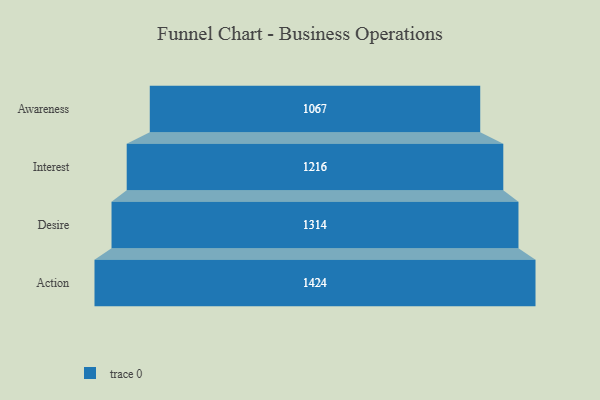
{"axis": {"x": "Stage", "y": "Value"}, "legend": [""], "data": [{"x": "Awareness", "y": 1067.0, "type": ""}, {"x": "Interest", "y": 1216.0, "type": ""}, {"x": "Desire", "y": 1314.0, "type": ""}, {"x": "Action", "y": 1424.0, "type": ""}]}